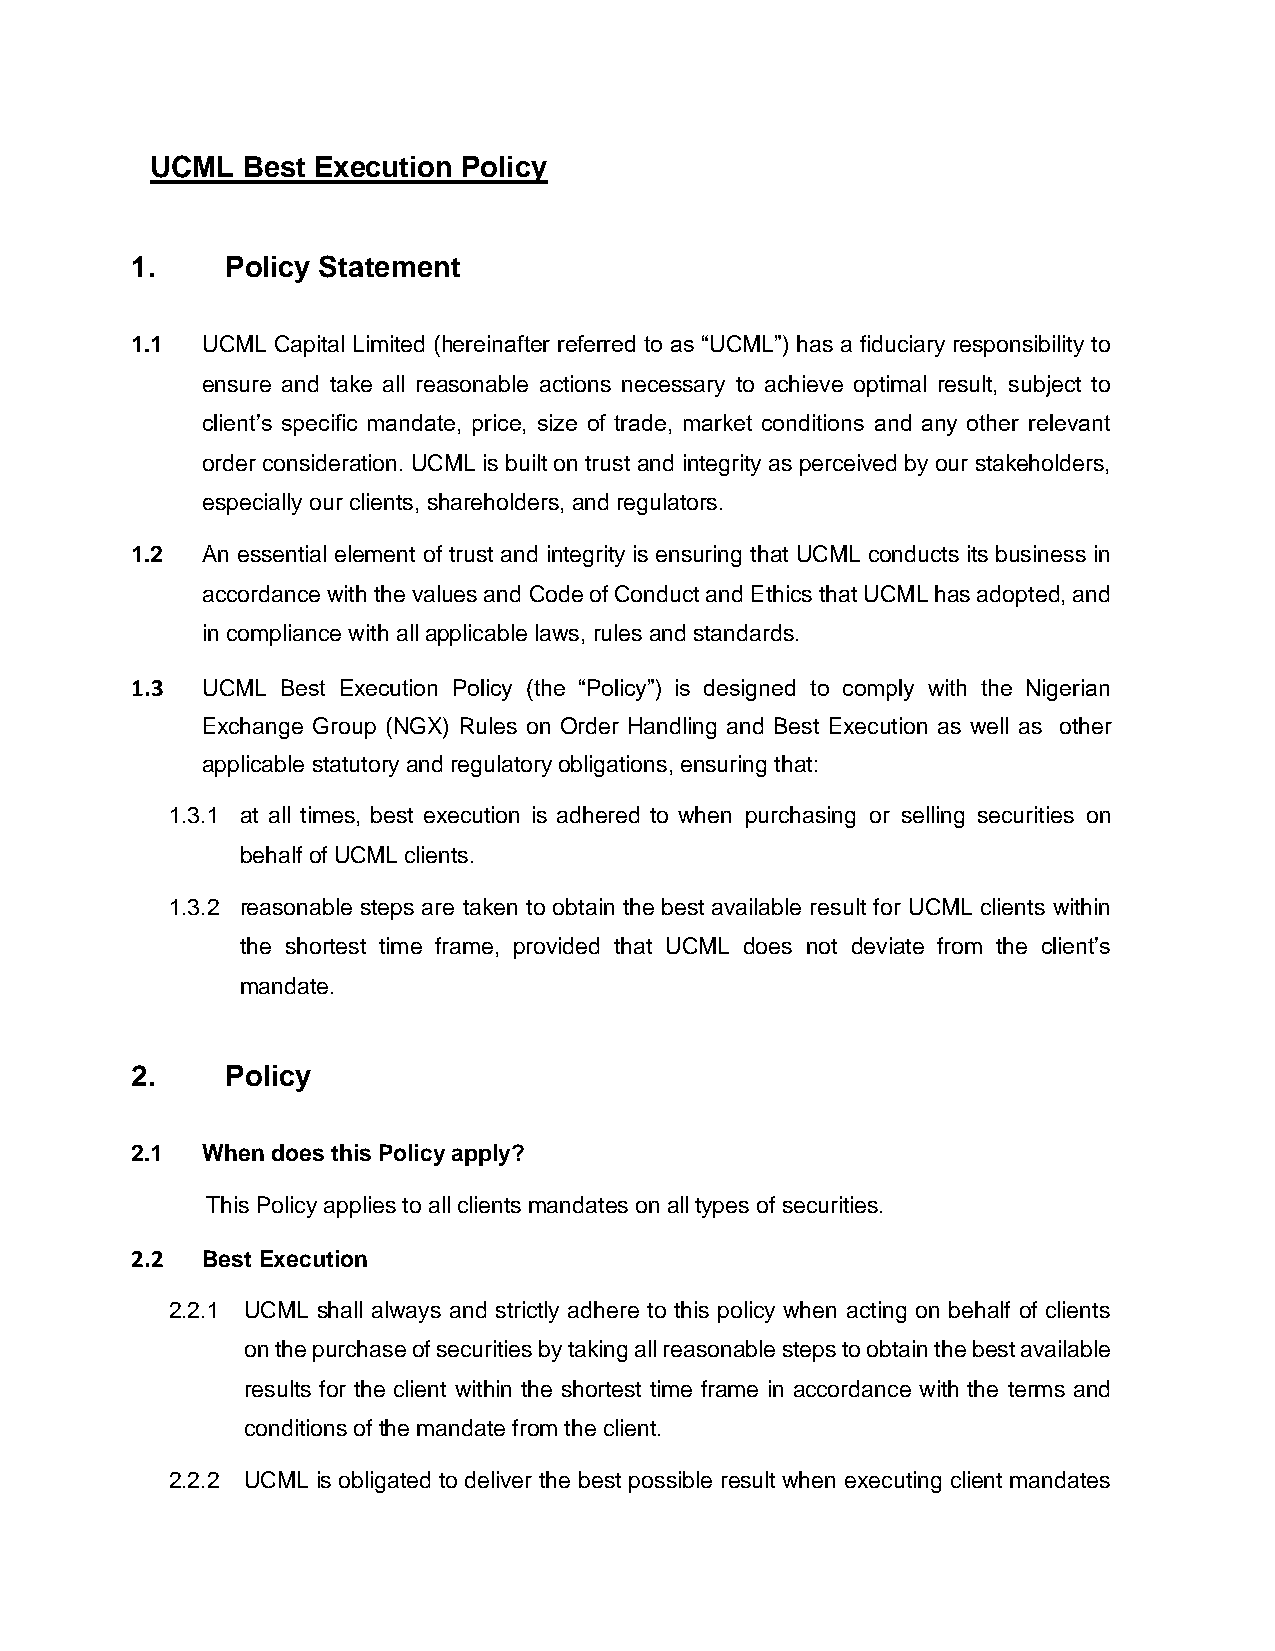
UCML  Best Execution Policy
 1.    Policy Statement
 1.1 UCML Capital Limited (hereinafter referred to as “UCML”) has a fiduciary responsibility to
 ensure and take all reasonable actions necessary to achieve optimal result, subject to
 client’s specific mandate, price, size of trade, market conditions and any other relevant
 order consideration. UCML is built on trust and integrity as perceived by our stakeholders,
 especially our clients, shareholders, and regulators.
 1.2 An essential element of trust and integrity is ensuring that UCML conducts its business in
 accordance with the values and Code of Conduct and Ethics that UCML has adopted, and
 in compliance with all applicable laws, rules and standards.
 1.3 UCML  Best Execution Policy (the “Policy”) is designed to comply with the Nigerian
 Exchange Group (NGX) Rules on Order Handling and Best Execution as well as other
 applicable statutory and regulatory obligations, ensuring that:
 1.3.1 at all times, best execution is adhered to when purchasing or selling securities on
 behalf of UCML clients.
 1.3.2 reasonable steps are taken to obtain the best available result for UCML clients within
 the shortest time frame, provided that UCML does not deviate from the client’s
 mandate.
 2.    Policy
 2.1 When does this Policy apply?
 This Policy applies to all clients mandates on all types of securities.
 2.2 Best Execution
 2.2.1 UCML shall always and strictly adhere to this policy when acting on behalf of clients
 on the purchase of securities by taking all reasonable steps to obtain the best available
 results for the client within the shortest time frame in accordance with the terms and
 conditions of the mandate from the client.
 2.2.2 UCML is obligated to deliver the best possible result when executing client mandates